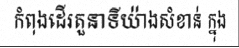
កំពុងដើរតួនាទីយ៉ាងសំខាន់ ក្នុង